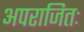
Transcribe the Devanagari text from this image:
अपराजितः